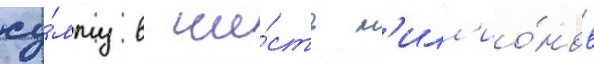
су́мму в ше́сть м'илл'ио́нов